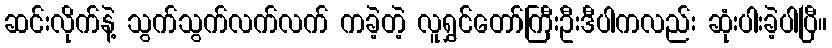
ဆင်းလိုက်နဲ့ သွက်သွက်လက်လက် ကခဲ့တဲ့ လူရွှင်တော်ကြီးဦးဒီပါကလည်း ဆုံးပါးခဲ့ပါပြီ။